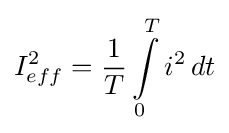
I_{eff}^{2}={\frac {1}{T}}\int \limits _{0}^{T}i^{2}\,dt